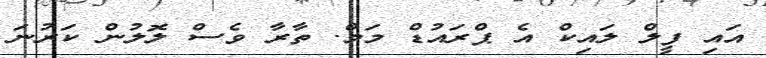
އައި ފީލް ލައިކް އެ ޕްރައުޑް މަމް. ތާރާ ވެސް ލޮލުން ކަރުނަ